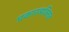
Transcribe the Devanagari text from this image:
प्रकारव्यक्तित्व